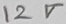
Text: 12V